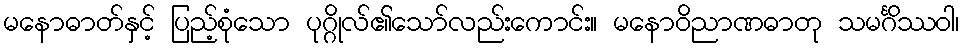
မနောဓာတ်နှင့် ပြည့်စုံသော ပုဂ္ဂိုလ်၏သော်လည်းကောင်း။ မနောဝိညာဏဓာတု သမင်္ဂိဿဝါ၊